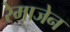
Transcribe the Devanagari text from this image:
रेमाजेन